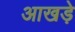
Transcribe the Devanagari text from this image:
आखड़े